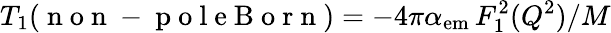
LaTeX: T_{1}(\mathrm{~n~o~n~-~p~o~l~e~B~o~r~n~})=-4\pi\alpha_{\mathrm{em}}\, F_{1}^{2}(Q^{2})/M